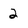
Character: 2